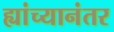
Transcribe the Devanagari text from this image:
ह्यांच्यानंतर